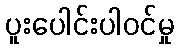
ပူးပေါင်းပါဝင်မှု